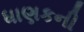
ધાણકની